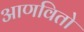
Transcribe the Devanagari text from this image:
आणवितो